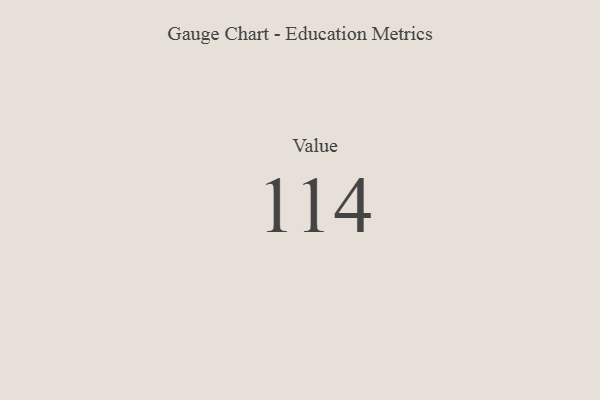
{"axis": {"x": "Metric", "y": "Value"}, "legend": [""], "data": [{"x": "Value", "y": 114, "type": ""}]}